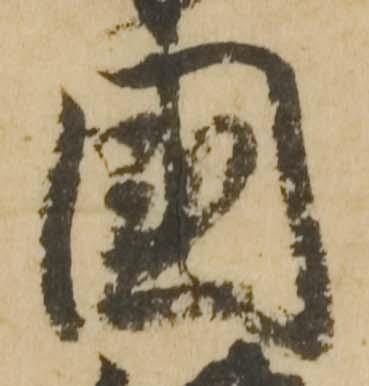
国